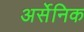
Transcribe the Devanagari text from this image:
अर्सेनिक